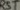
Text: RST